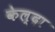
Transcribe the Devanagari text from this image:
केल्दा